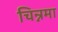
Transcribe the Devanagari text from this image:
चिन्नमा